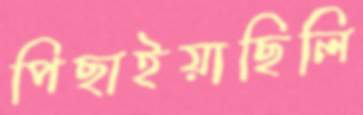
পিছাইয়াছিলি